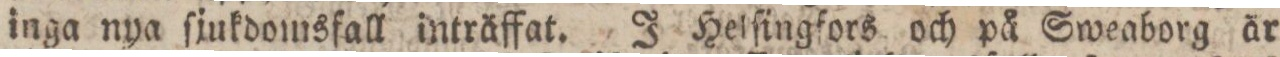
inga nya ſjukdomsfall inträffat. J Helſingfors och på Sweaborg är